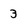
Character: 3